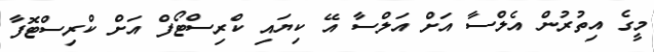
މީގެ އިތުރުން އެލްސާ އަށް އަލްސާ އޭ ކިޔައި ކްރިސްޓޯފް އަށް ކްރިސްޓޮފާ